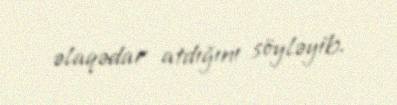
əlaqədar atdığını söyləyib.